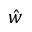
\hat { w }